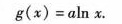
$$g ( x ) = a l n x$$.